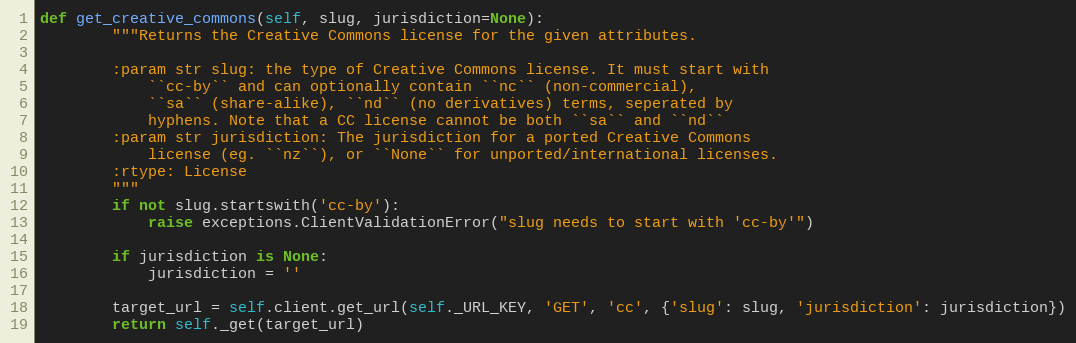
Language: Python
def get_creative_commons(self, slug, jurisdiction=None):
        """Returns the Creative Commons license for the given attributes.

        :param str slug: the type of Creative Commons license. It must start with
            ``cc-by`` and can optionally contain ``nc`` (non-commercial),
            ``sa`` (share-alike), ``nd`` (no derivatives) terms, seperated by
            hyphens. Note that a CC license cannot be both ``sa`` and ``nd``
        :param str jurisdiction: The jurisdiction for a ported Creative Commons
            license (eg. ``nz``), or ``None`` for unported/international licenses.
        :rtype: License
        """
        if not slug.startswith('cc-by'):
            raise exceptions.ClientValidationError("slug needs to start with 'cc-by'")

        if jurisdiction is None:
            jurisdiction = ''

        target_url = self.client.get_url(self._URL_KEY, 'GET', 'cc', {'slug': slug, 'jurisdiction': jurisdiction})
        return self._get(target_url)